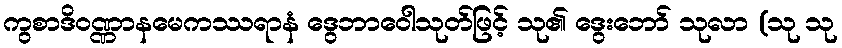
ကွစာဒိဝဏ္ဏာနမေကဿရာနံ ဒွေဘာဝေါသုတ်ဖြင့် သု၏ ဒွေးဘော် သုလာ (သု သု